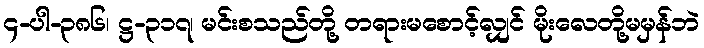
၄-ပါ-၃၈၆၊ ဋ္ဌ-၃၁၇၊ မင်းစသည်တို့ တရားမစောင့်လျှင် မိုးလေတို့မမှန်ဘဲ